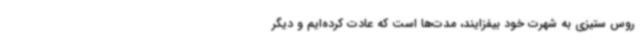
روس ستیزی به شهرت خود بیفزایند، مدت‌ها است که عادت کرده‌ایم و دیگر